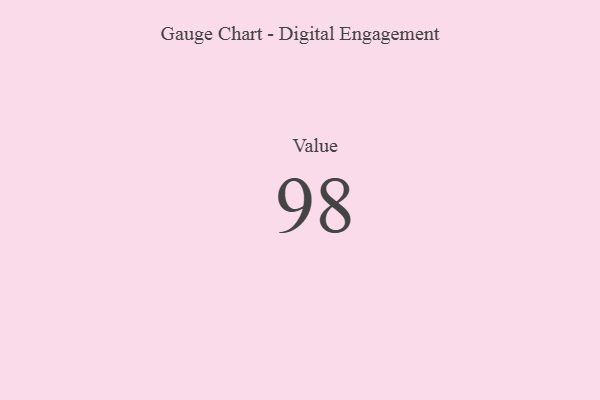
{"axis": {"x": "Metric", "y": "Value"}, "legend": [""], "data": [{"x": "Value", "y": 98, "type": ""}]}